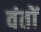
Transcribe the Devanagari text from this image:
वंतों